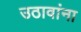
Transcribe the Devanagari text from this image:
उठावांना